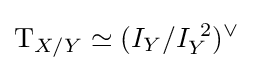
\mathrm {T} _{X/Y}\simeq (I_{Y}/I_{Y}^{\ 2})^{\vee }